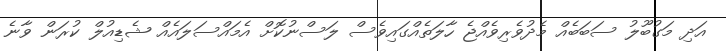
އަދި މަގުބޫލު ސަބަބެއް މެދުވެރިވެއްޖެ ހާލަތެއްގައިވެސް ލަސްނުކޮށް އެމައްސަލައެއް ޝެޑިއުލް ކުރަން ވާނެ